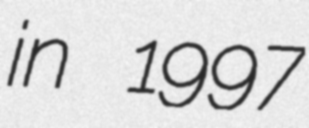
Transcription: in 1997